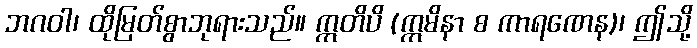
ဘဂဝါ၊ ထိုမြတ်စွာဘုရားသည်။ ဣတိပိ (ဣမိနာ စ ကာရဏေန)၊ ဤသို့